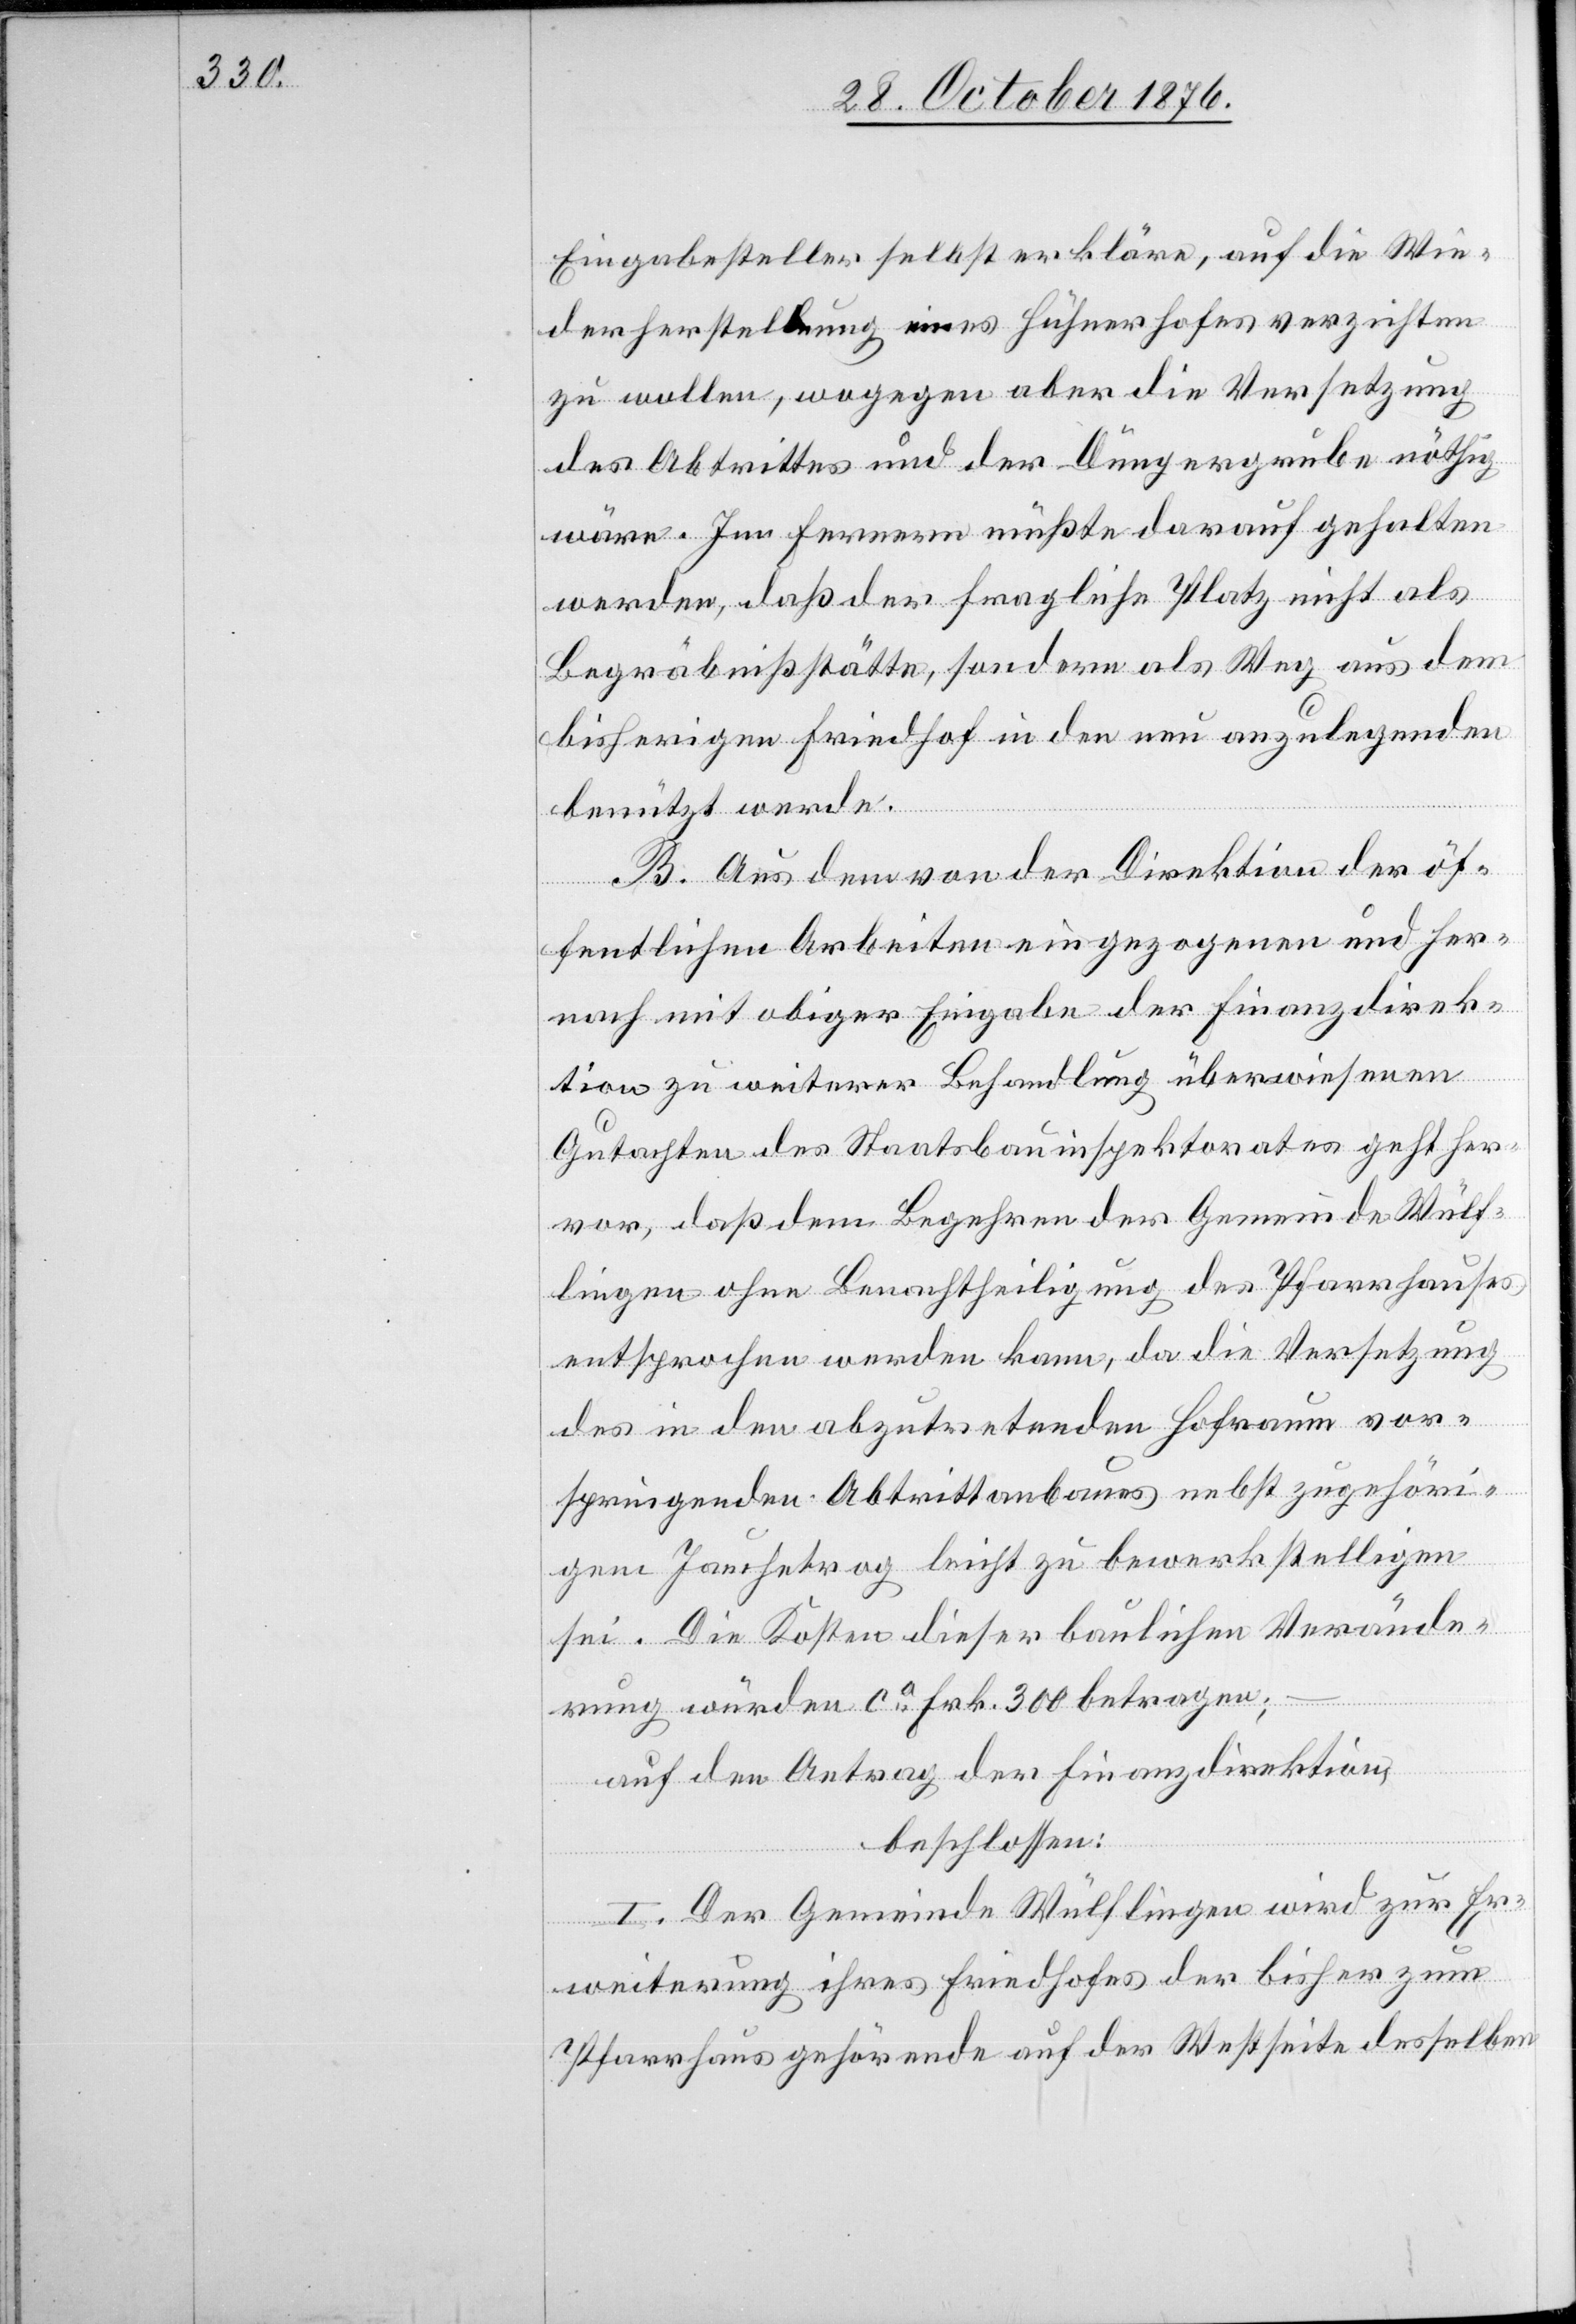
Eingabesteller selbst erkläre, auf die Wie¬
derherstellung eines Hühnerhofes verzichten
zu wollen, wogegen aber die Versetzung
des Abtrittes und der Düngergrube nöthig
wäre. Im Fernern müßte darauf gehalten
werden, daß der fragliche Platz nicht als
Begräbnißstätte, sondern als Weg aus dem
bisherigen Friedhof in den neu anzulegenden
benützt werde.
B. Aus dem von der Direktion der öf¬
fentlichen Arbeiten eingezogenen und her¬
nach mit obiger Eingabe der Finanzdirek¬
tion zu weiterer Behandlung überwiesenen
Gutachten des Staatsbauinspektorates geht her¬
vor, daß dem Begehren der Gemeinde Wülf¬
lingen ohne Benachtheiligung des Pfarrhauses
entsprochen werden kann, da die Versetzung
des in den abzutretenden Hofraum vor¬
springenden Abtrittanbaues nebst zugehöri¬
gem Jauchetrog leicht zu bewerkstelligen
sei. Die Kosten dieser baulichen Verände¬
rung würden ca Frk. 300 betragen;
auf den Antrag der Finanzdirektion,
beschlossen:
I. Der Gemeinde Wülflingen wird zur Er¬
weiterung ihres Friedhofes der bisher zum
Pfarrhaus gehörende auf der Westseite desselben